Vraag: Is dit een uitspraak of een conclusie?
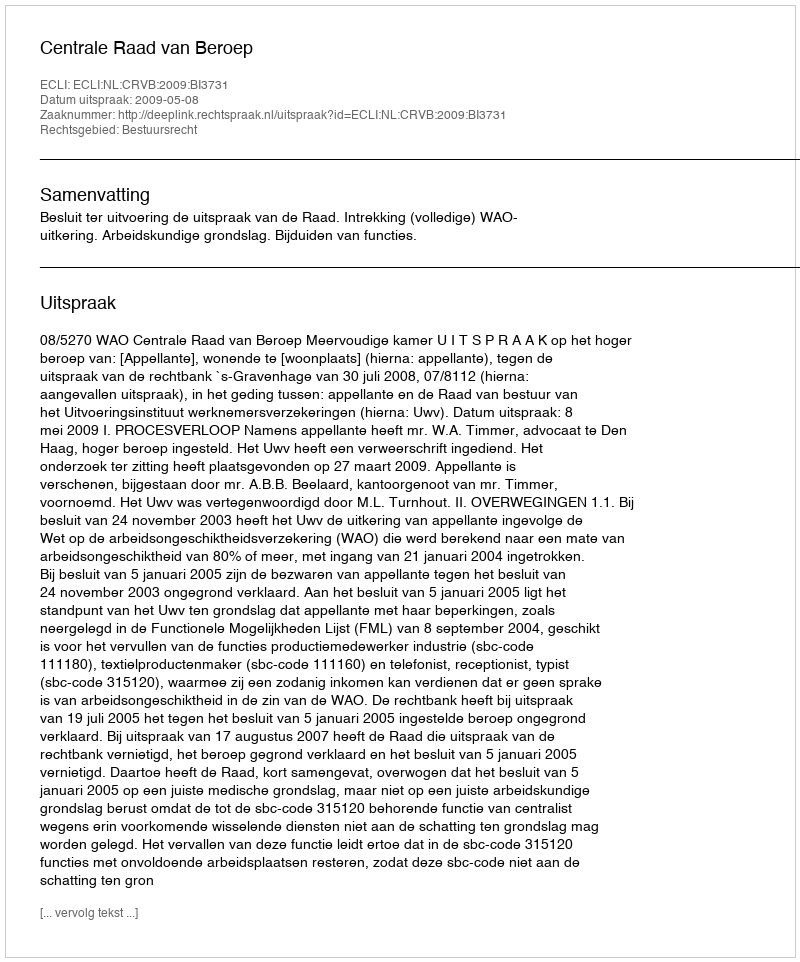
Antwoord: Uitspraak